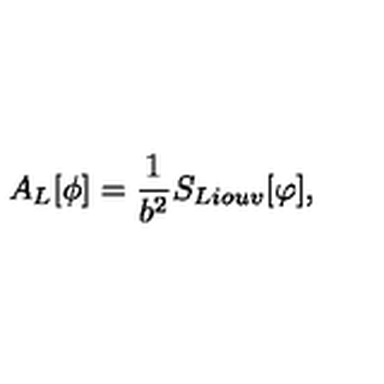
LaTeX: A _ { L } [ \phi ] = { \frac { 1 } { b ^ { 2 } } } S _ { L i o u v } [ \varphi ] ,